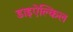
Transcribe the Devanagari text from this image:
डाइऐल्किल